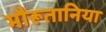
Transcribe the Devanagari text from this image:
मौरूतानिया